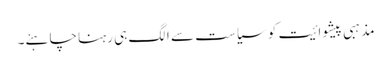
مذہبی پیشوائیت کو سیاست سے الگ ہی رہنا چاہئے۔